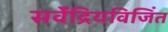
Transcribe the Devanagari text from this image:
सर्वेंद्रियविजिंत